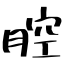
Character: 腔